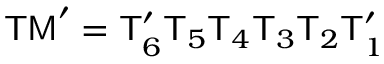
\mathsf { T M } ^ { \prime } = \mathsf { T } _ { 6 } ^ { \prime } \mathsf { T } _ { 5 } \mathsf { T } _ { 4 } \mathsf { T } _ { 3 } \mathsf { T } _ { 2 } \mathsf { T } _ { 1 } ^ { \prime }